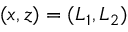
( x , z ) = ( L _ { 1 } , L _ { 2 } )